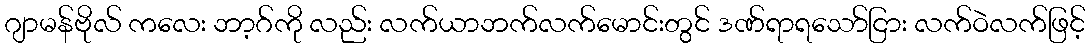
ဂျာမန်ဗိုလ် ကလေး ဘာ့ဂ်ကို လည်း လက်ယာဘက်လက်မောင်းတွင် ဒဏ်ရာရသော်ငြား လက်ဝဲလက်ဖြင့်